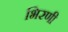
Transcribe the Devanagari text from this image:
भिरणी